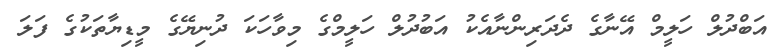
އަބްދުލް ހަލީމް އޭނާގެ ދެދަރިންނާއެކު އަބުދުލް ހަލީމްގެ މިވާހަކަ ދުނިޔޭގެ މީޑިޔާތަކުގެ ފަލަ